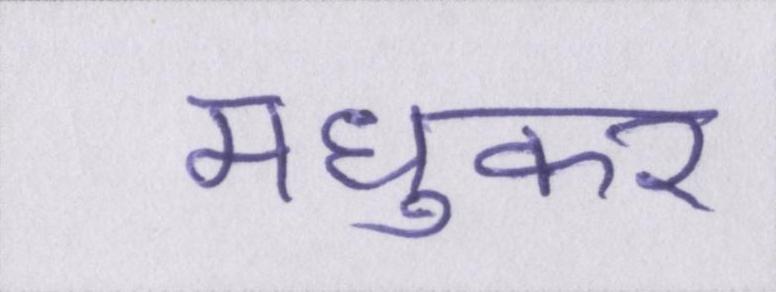
मधुकर